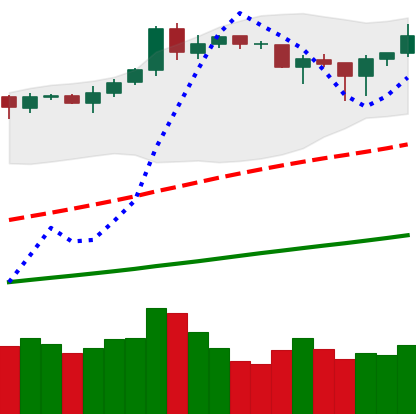
Ticker: BNB-USD
Chart end date: 2019-04-14
Forward return: 25.566%
Label: up_7plus